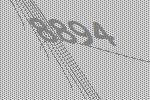
8894